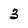
Character: 3